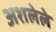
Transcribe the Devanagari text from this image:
अशलेले